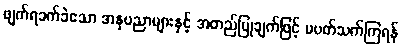
ဖျက်ရခက်ခဲသော အနုပညာများနှင့် အတည်ပြုချက်ဖြင့် မပတ်သက်ကြရန်